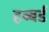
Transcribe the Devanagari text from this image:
हब्बर्ड